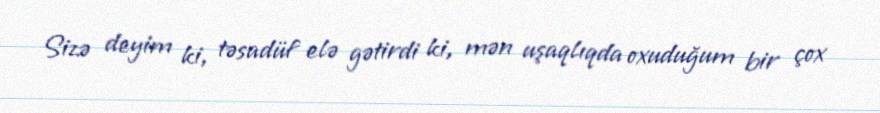
Sizə deyim ki, təsadüf elə gətirdi ki, mən uşaqlıqda oxuduğum bir çox